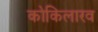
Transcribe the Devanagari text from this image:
कोकिलारव